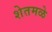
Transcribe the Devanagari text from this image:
शेतमळे